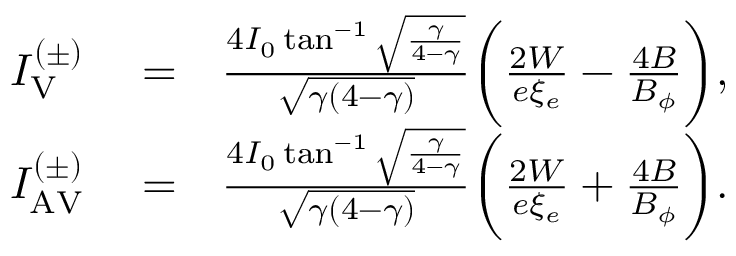
\begin{array} { r l r } { I _ { \mathrm { V } } ^ { ( \pm ) } } & { { } = } & { \frac { 4 I _ { 0 } \tan ^ { - 1 } \sqrt { \frac { \gamma } { 4 - \gamma } } } { \sqrt { \gamma ( 4 - \gamma ) } } \biggl ( \frac { 2 W } { e \xi _ { e } } - \frac { 4 B } { B _ { \phi } } \biggr ) , } \\ { I _ { \mathrm { A V } } ^ { ( \pm ) } } & { { } = } & { \frac { 4 I _ { 0 } \tan ^ { - 1 } \sqrt { \frac { \gamma } { 4 - \gamma } } } { \sqrt { \gamma ( 4 - \gamma ) } } \biggl ( \frac { 2 W } { e \xi _ { e } } + \frac { 4 B } { B _ { \phi } } \biggr ) . } \end{array}